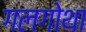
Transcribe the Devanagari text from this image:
गलगोथा